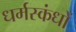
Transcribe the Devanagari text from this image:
धर्मस्कंधों